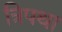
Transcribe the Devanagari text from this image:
त्रिपथा